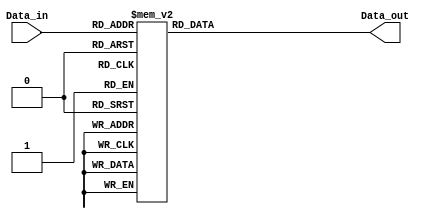
module decoder3to8(
    Data_in,
    Data_out
    );

    //what are the input ports and their sizes.
    input [2:0] Data_in;
    //what are the output ports and their sizes.
    output [7:0] Data_out;
     reg [7:0] Data_out;

    //Whenever there is a change in the Data_in, execute the always block.
    always @(Data_in)
    case (Data_in)   //case statement. Check all the 8 combinations.
        3'b000 : Data_out = 8'b00000001;
        3'b001 : Data_out = 8'b00000010;
        3'b010 : Data_out = 8'b00000100;
        3'b011 : Data_out = 8'b00001000;
        3'b100 : Data_out = 8'b00010000;
        3'b101 : Data_out = 8'b00100000;
        3'b110 : Data_out = 8'b01000000;
        3'b111 : Data_out = 8'b10000000;
        //To make sure that latches are not created create a default value for output.
        default : Data_out = 8'b00000000; 
    endcase
    
endmodule